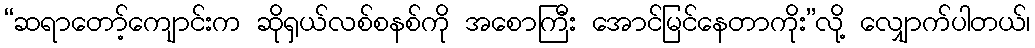
“ဆရာတော့်ကျောင်းက ဆိုရှယ်လစ်စနစ်ကို အစောကြီး အောင်မြင်နေတာကိုး”လို့ လျှောက်ပါတယ်၊